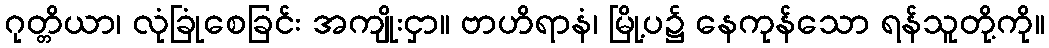
ဂုတ္တိယာ၊ လုံခြုံစေခြင်း အကျိုးငှာ။ ဗာဟိရာနံ၊ မြို့ပ၌ နေကုန်သော ရန်သူတို့ကို။